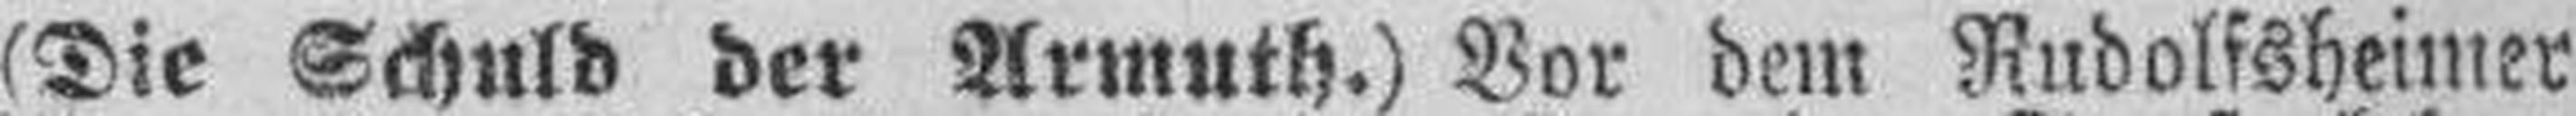
(Die Schuld der Armuth.) Vor dem Rudofssheimer